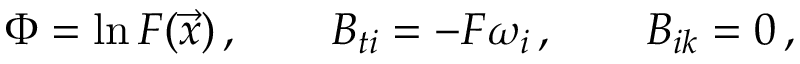
\Phi = \ln F ( \vec { x } ) \, , \qquad B _ { t i } = - F \omega _ { i } \, , \qquad B _ { i k } = 0 \, ,